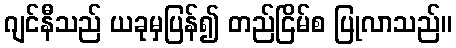
ဂျင်နီသည် ယခုမှပြန်၍ တည်ငြိမ်စ ပြုလာသည်။